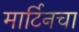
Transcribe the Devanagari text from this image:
मार्टिनचा